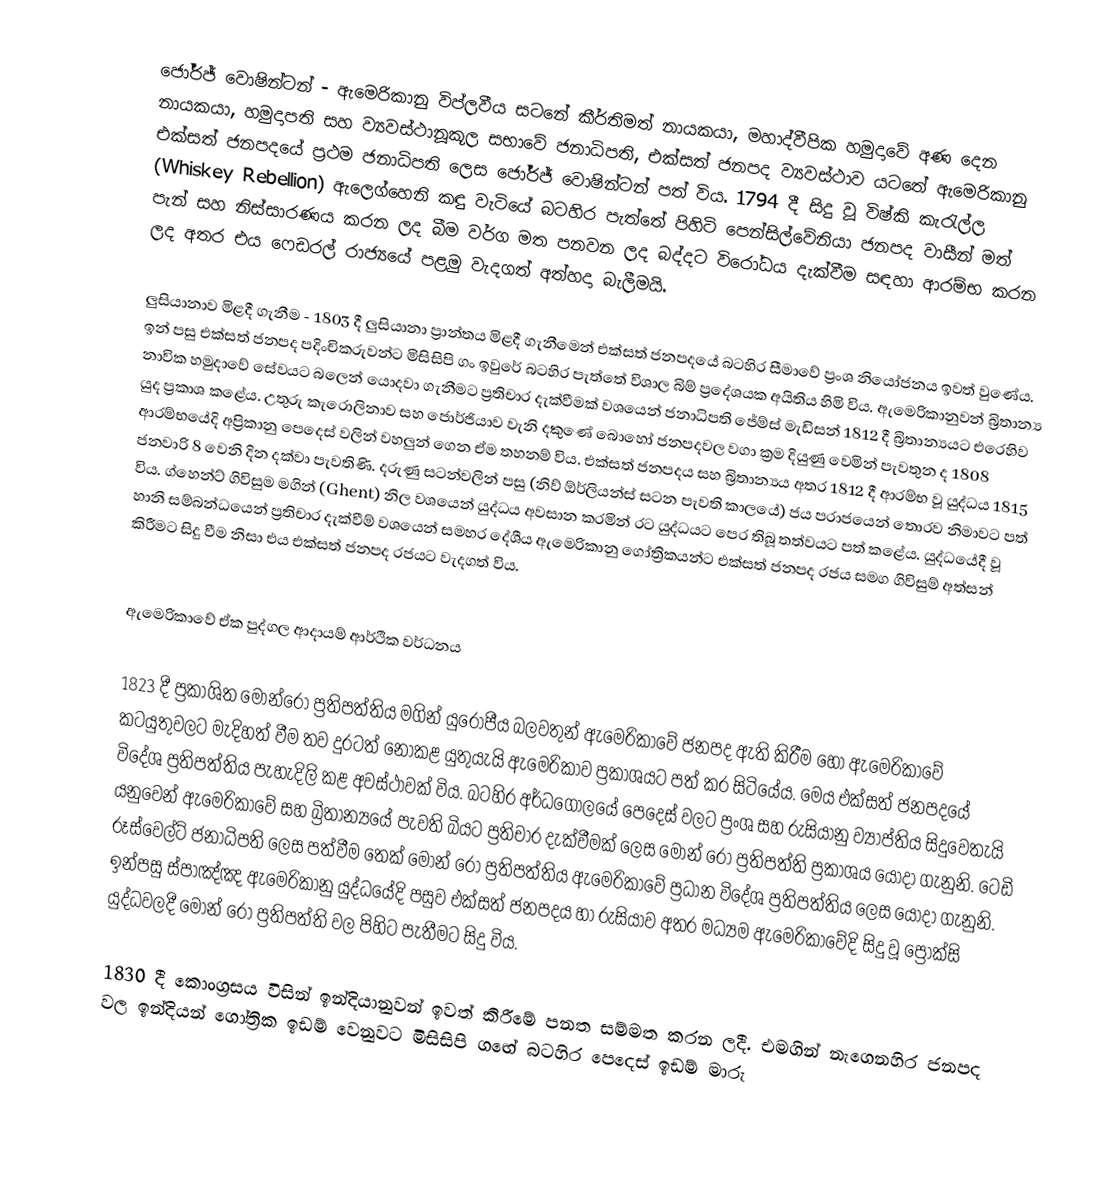
ජෝර්ජ් වොෂින්ටන් - ඇමෙරිකානු විප්ලවීය සටනේ කීර්තිමත් නායකයා, මහාද්වීපික හමුදාවේ අණ දෙන නායකයා, හමුදාපති සහ ව්‍යවස්ථානූකූල සභාවේ ජනාධිපති, එක්සත් ජනපද ව්‍යවස්ථාව යටතේ ඇමෙරිකානු එක්සත් ජනපදයේ ප්‍රථම ජනාධිපති ලෙස ජෝර්ජ් වොෂින්ටන් පත් විය. 1794 දී සිදු වූ විෂ්කි කැරැල්ල (Whiskey Rebellion)  ඇලෙග්හෙනි කඳු වැටියේ බටහිර පැත්තේ පිහිටි පෙන්සිල්වේනියා ජනපද වාසීන් මත් පැන් සහ නිස්සාරණය කරන ලද බීම වර්ග මත පනවන ලද බද්දට විරෝධය දැක්වීම සඳහා ආරම්භ කරන ලද අතර එය  ෆෙඩරල් රාජ්‍යයේ පළමු වැදගත් අත්හදා බැලීමයි.

ලුසියානාව මිළදී ගැනීම - 1803 දී ලුසියානා ප්‍රාන්තය මිළදී ගැනීමෙන් එක්සත් ජනපදයේ බටහිර සීමාවේ ප්‍රංශ නියෝජනය ඉවත් වුණේය. ඉන් පසු එක්සත් ජනපද පදිංචිකරුවන්ට මිසිසිපි ගං ඉවුරේ බටහිර පැත්තේ විශාල බිම් ප්‍රදේශයක අයිතිය හිමි විය. ඇමෙරිකානුවන් බ්‍රිතාන්‍ය නාවික හමුදාවේ සේවයට බලෙන් යොදවා ගැනීමට ප්‍රතිචාර දැක්වීමක් වශයෙන් ජනාධිපති ජේම්ස් මැඩිසන් 1812 දී බ්‍රිතාන්‍යයට එරෙහිව යුද ප්‍රකාශ කළේය. උතුරු කැරොලිනාව සහ ජොර්ජියාව වැනි දකුණේ බොහෝ ජනපදවල වගා ක්‍රම දියුණු වෙමින් පැවතුන ද 1808 ආරම්භයේදි අප්‍රිකානු පෙදෙස් වලින් වහලුන් ගෙන ඒම තහනම් විය. එක්සත් ජනපදය සහ බ්‍රිතාන්‍යය අතර 1812 දී ආරම්භ වූ යුද්ධය 1815 ජනවාරි 8 වෙනි දින දක්වා පැවතිණි.  දරුණු සටන්වලින් පසු (නිව් ඕර්ලියන්ස් සටන පැවති කාලයේ) ජය පරාජයෙන් තොරව නිමාවට පත් විය. ග්හෙන්ට් ගිවිසුම මගින් (Ghent) නිල වශයෙන් යුද්ධය අවසාන කරමින් රට යුද්ධයට පෙර තිබූ තත්වයට පත් කළේය. යුද්ධයේදී වූ හානි සම්බන්ධයෙන් ප්‍රතිචාර දැක්වීම් වශයෙන් සමහර දේශීය ඇමෙරිකානු ගෝත්‍රිකයන්ට එක්සත් ජනපද රජය සමග ගිවිසුම් අත්සන් කිරීමට සිදු වීම නිසා එය එක්සත් ජනපද රජයට වැදගත් විය.

ඇමෙරිකාවේ ඒක පුද්ගල ආදායම් ආර්ථික වර්ධනය

1823 දී ප්‍රකාශිත මොන්රෝ ප්‍රතිපත්තිය මගින් යුරෝපීය බලවතුන් ඇමෙරිකාවේ ජනපද ඇති කිරීම හෝ ඇමෙරිකාවේ කටයුතුවලට මැදිහත් වීම තව දුරටත් නොකළ යුතුයැයි ඇමෙරිකාව ප්‍රකාශයට පත් කර සිටියේය. මෙය එක්සත් ජනපදයේ විදේශ ප්‍රතිපත්තිය පැහැදිලි කළ අවස්ථාවක් විය. බටහිර අර්ධගෝලයේ පෙදෙස් වලට ප්‍රංශ සහ රුසියානු ව්‍යාප්තිය සිදුවෙතැයි යනුවෙන් ඇමෙරිකාවේ සහ බ්‍රිතාන්‍යයේ පැවති බියට ප්‍රතිචාර දැක්වීමක් ලෙස මොන් රෝ ප්‍රතිපත්ති ප්‍රකාශය යොදා ගැනුනි. ටෙඩි රූස්වෙල්ට් ජනාධිපති ලෙස පත්වීම තෙක් මොන් රෝ ප්‍රතිපත්තිය ඇමෙරිකාවේ ප්‍රධාන විදේශ ප්‍රතිපත්තිය ලෙස යොදා ගැනුනි. ඉන්පසු ස්පාඤ්ඤ ඇමෙරිකානු යුද්ධයේදි පසුව එක්සත් ජනපදය හා රුසියාව අතර මධ්‍යම ඇමෙරිකාවේදි සිදු වූ ප්‍රොක්සි යුද්ධවලදී මොන් රෝ ප්‍රතිපත්ති වල පිහිට පැතීමට සිදු විය.

1830 දී කොංග්‍රසය විසින් ඉන්දියානුවන් ඉවත් කිරීමේ පනත සම්මත කරන ලදී. එමගින් නැගෙනහිර ජනපද වල ඉන්දියන් ගෝත්‍රික ඉඩම් වෙනුවට මිසිසිපි ග‍ඟේ බටහිර පෙදෙස් ඉඩම් මාරු